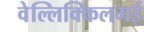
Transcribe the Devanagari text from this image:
वेल्लिक्किलमई